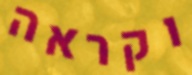
וקראה